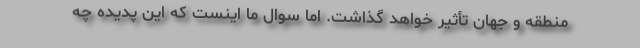
منطقه و جهان تأثیر خواهد گذاشت. اما سوال ما اینست که این پدیده چه